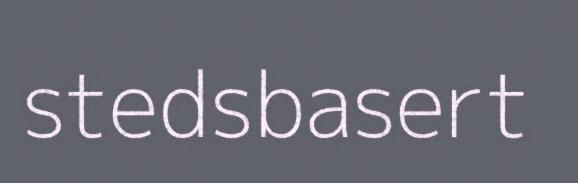
stedsbasert